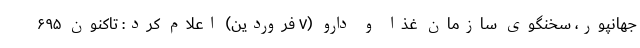
جهانپور، سخنگوی سازمان غذا و دارو (۷ فروردین) اعلام کرد: تاکنون ۶۹۵